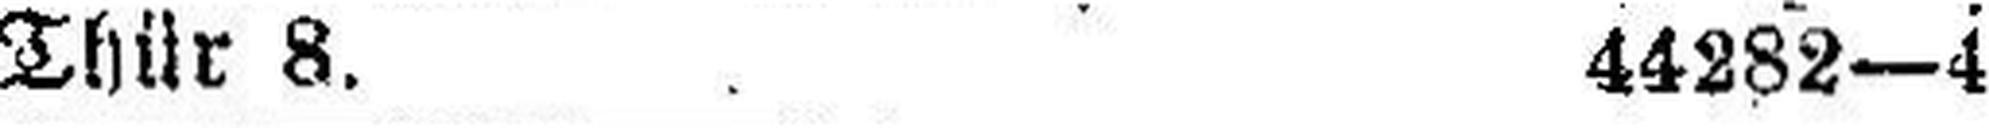
Thür 8. 44282—4